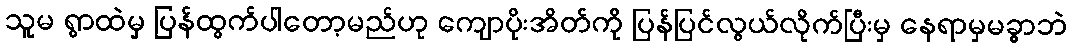
သူမ ရွာထဲမှ ပြန်ထွက်ပါတော့မည်ဟု ကျောပိုးအိတ်ကို ပြန်ပြင်လွယ်လိုက်ပြီးမှ နေရာမှမခွာဘဲ